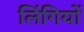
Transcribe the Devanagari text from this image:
लिंगियों